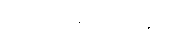
တစ်မျိုးမှာမတူချေ။